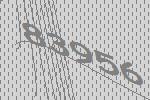
83956